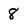
Character: 8